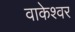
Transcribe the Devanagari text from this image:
वाकेश्वर